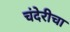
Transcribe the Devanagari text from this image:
चंदेरीचा